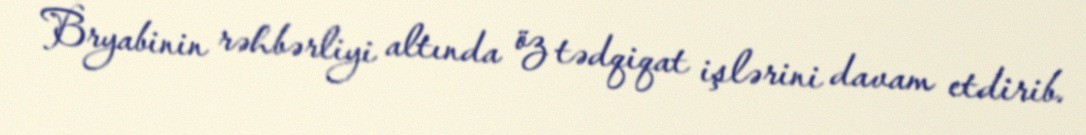
Bryabinin rəhbərliyi altında öz tədqiqat işlərini davam etdirib.